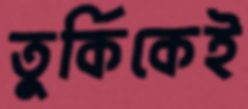
তুর্কিকেই